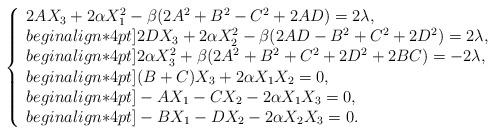
LaTeX: \begin{align*}\left\{\begin{array}{l}2A X_3 +2 \alpha X_1^2-\beta(2A^2+ B^2- C^2+2AD)=2\lambda, \\begin{align*}4pt]2D X_3+2 \alpha X_2^2-\beta(2AD- B^2+ C^2 +2D^2)=2\lambda, \\begin{align*}4pt]2 \alpha X_3^2+\beta(2 A^2+ B^2+ C^2+2D^2+2 BC )=-2\lambda, \\begin{align*}4pt](B+C)X_3+2\alpha X_1X_2 =0, \\begin{align*}4pt]-A X_1 -CX_2 -2\alpha X_1X_3 =0, \\begin{align*}4pt]-B X_1 -D X_2-2\alpha X_2X_3 =0.\end{array}\right.\end{align*}